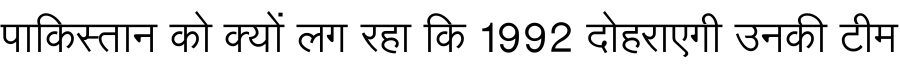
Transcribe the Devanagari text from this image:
पाकिस्तान को क्यों लग रहा कि 1992 दोहराएगी उनकी टीम